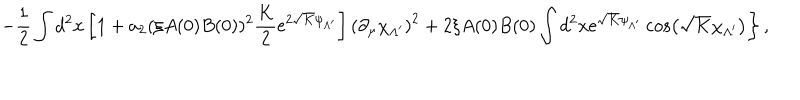
\left. - \frac 1 2 \int d ^ { 2 } x \left[ 1 + a _ { 2 } ( \xi A ( 0 ) B ( 0 ) ) ^ { 2 } \frac { K } { 2 } \mathrm { e } ^ { 2 \sqrt { K } \psi _ { \Lambda ^ { \prime } } } \right] \left( \partial _ { \mu } \chi _ { \Lambda ^ { \prime } } \right) ^ { 2 } + 2 \xi A ( 0 ) B ( 0 ) \int d ^ { 2 } x \mathrm { e } ^ { \sqrt { K } \psi _ { \Lambda ^ { \prime } } } \cos \left( \sqrt { K } \chi _ { \Lambda ^ { \prime } } \right) \right\} ,